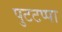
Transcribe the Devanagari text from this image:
पुटटप्पा